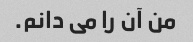
من آن را می دانم.